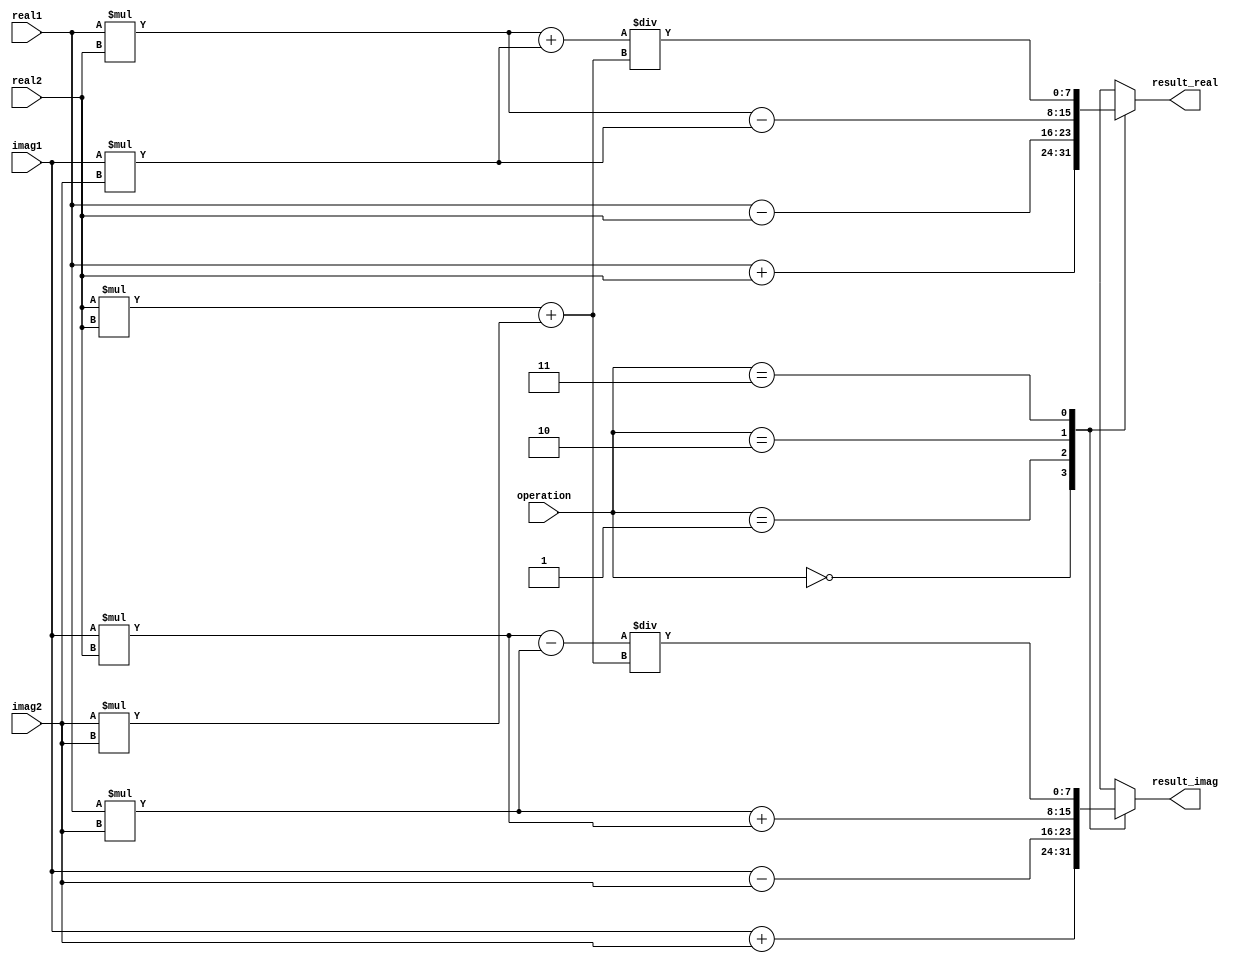
module ComplexALU (
    input wire [7:0] real1,
    input wire [7:0] imag1,
    input wire [7:0] real2,
    input wire [7:0] imag2,
    input wire [1:0] operation,
    output reg [7:0] result_real,
    output reg [7:0] result_imag
);

always @(*) begin
    case(operation)
        2'b00: begin // Addition
            result_real = real1 + real2;
            result_imag = imag1 + imag2;
        end
        2'b01: begin // Subtraction
            result_real = real1 - real2;
            result_imag = imag1 - imag2;
        end
        2'b10: begin // Multiplication
            result_real = real1 * real2 - imag1 * imag2;
            result_imag = real1 * imag2 + imag1 * real2;
        end
        2'b11: begin // Division
            result_real = (real1 * real2 + imag1 * imag2) / (real2 * real2 + imag2 * imag2);
            result_imag = (real2 * imag1 - real1 * imag2) / (real2 * real2 + imag2 * imag2);
        end
        default: begin
            result_real = 8'b0;
            result_imag = 8'b0;
        end
    endcase
end

endmodule